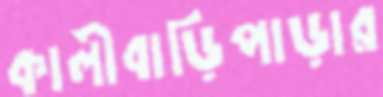
কালীবাড়িপাড়ার